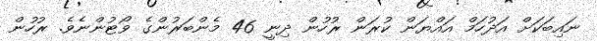
ނައިބަކަށް އަދުހަމް އައްޔަން ކުރަން ރުހުން ދިނީ 46 މެންބަރުންގެ ވޯޓުންނެވެ. ރުހުން